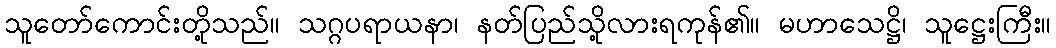
သူတော်ကောင်းတို့သည်။ သဂ္ဂပရာယနာ၊ နတ်ပြည်သို့လားရကုန်၏။ မဟာသေဋ္ဌိ၊ သူဋ္ဌေးကြီး။